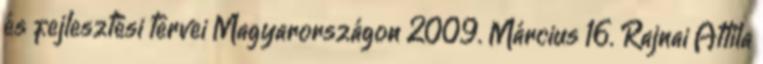
és fejlesztési tervei Magyarországon 2009. Március 16. Rajnai Attila